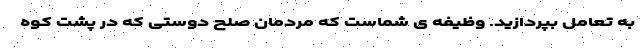
به تعامل بپردازید. وظیفه ی شماست که مردمان صلح دوستی که در پشت کوه